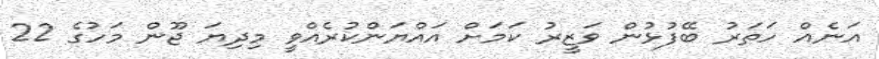
އަނެއް ހަތަރު ބޭފުޅުން ވަޒީރު ކަމަށް އައްޔަންކުރެއްވީ މިދިޔަ ޖޫން މަހުގެ 22